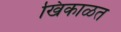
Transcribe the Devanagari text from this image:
खिंकाळत